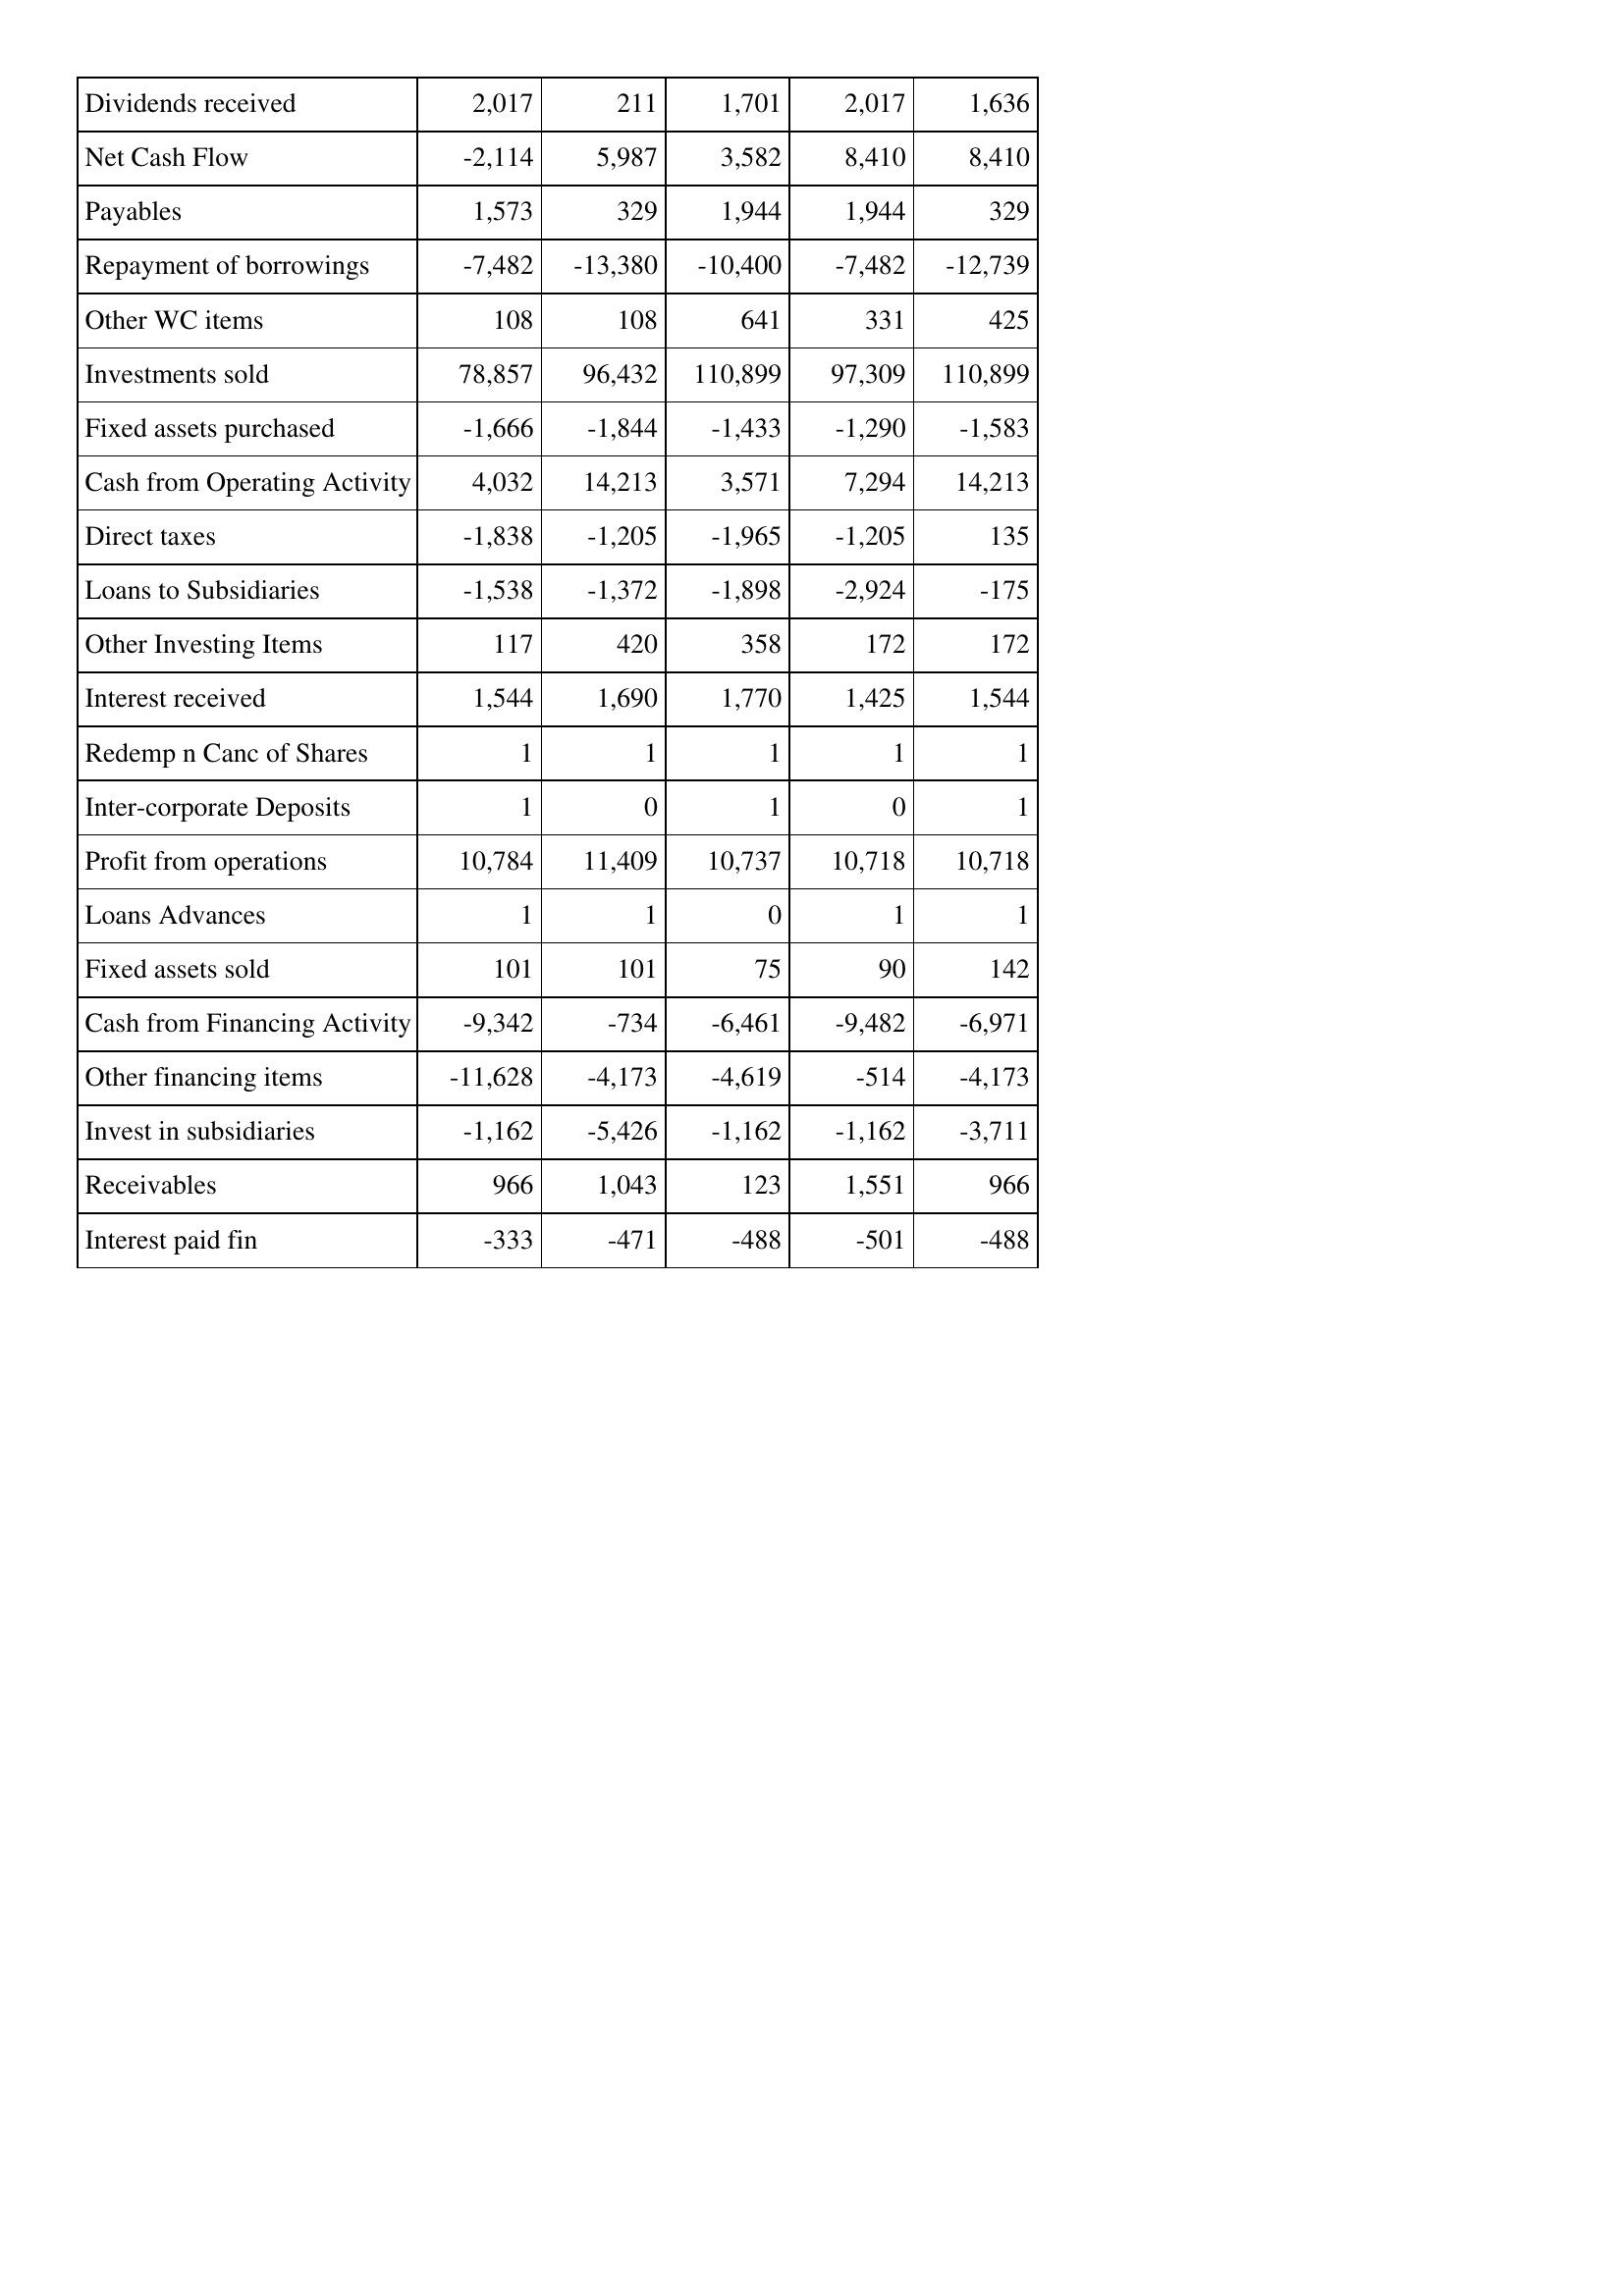
Aug-15: Cash Flows: Dividends received: 2,017
Net Cash Flow: -2,114
Payables: 1,573
Repayment of borrowings: -7,482
Other WC items: 108
Investments sold: 78,857
Fixed assets purchased: -1,666
Cash from Operating Activity: 4,032
Direct taxes: -1,838
Loans to Subsidiaries: -1,538
Other Investing Items: 117
Interest received: 1,544
Redemp n Canc of Shares: 1
Inter-corporate Deposits: 1
Profit from operations: 10,784
Loans Advances: 1
Fixed assets sold: 101
Cash from Financing Activity: -9,342
Other financing items: -11,628
Invest in subsidiaries: -1,162
Receivables: 966
Interest paid fin: -333
Aug-14: Cash Flows: Dividends received: 211
Net Cash Flow: 5,987
Payables: 329
Repayment of borrowings: -13,380
Other WC items: 108
Investments sold: 96,432
Fixed assets purchased: -1,844
Cash from Operating Activity: 14,213
Direct taxes: -1,205
Loans to Subsidiaries: -1,372
Other Investing Items: 420
Interest received: 1,690
Redemp n Canc of Shares: 1
Inter-corporate Deposits: 0
Profit from operations: 11,409
Loans Advances: 1
Fixed assets sold: 101
Cash from Financing Activity: -734
Other financing items: -4,173
Invest in subsidiaries: -5,426
Receivables: 1,043
Interest paid fin: -471
Aug-13: Cash Flows: Dividends received: 1,701
Net Cash Flow: 3,582
Payables: 1,944
Repayment of borrowings: -10,400
Other WC items: 641
Investments sold: 110,899
Fixed assets purchased: -1,433
Cash from Operating Activity: 3,571
Direct taxes: -1,965
Loans to Subsidiaries: -1,898
Other Investing Items: 358
Interest received: 1,770
Redemp n Canc of Shares: 1
Inter-corporate Deposits: 1
Profit from operations: 10,737
Loans Advances: 0
Fixed assets sold: 75
Cash from Financing Activity: -6,461
Other financing items: -4,619
Invest in subsidiaries: -1,162
Receivables: 123
Interest paid fin: -488
Aug-12: Cash Flows: Dividends received: 2,017
Net Cash Flow: 8,410
Payables: 1,944
Repayment of borrowings: -7,482
Other WC items: 331
Investments sold: 97,309
Fixed assets purchased: -1,290
Cash from Operating Activity: 7,294
Direct taxes: -1,205
Loans to Subsidiaries: -2,924
Other Investing Items: 172
Interest received: 1,425
Redemp n Canc of Shares: 1
Inter-corporate Deposits: 0
Profit from operations: 10,718
Loans Advances: 1
Fixed assets sold: 90
Cash from Financing Activity: -9,482
Other financing items: -514
Invest in subsidiaries: -1,162
Receivables: 1,551
Interest paid fin: -501
Aug-11: Cash Flows: Dividends received: 1,636
Net Cash Flow: 8,410
Payables: 329
Repayment of borrowings: -12,739
Other WC items: 425
Investments sold: 110,899
Fixed assets purchased: -1,583
Cash from Operating Activity: 14,213
Direct taxes: 135
Loans to Subsidiaries: -175
Other Investing Items: 172
Interest received: 1,544
Redemp n Canc of Shares: 1
Inter-corporate Deposits: 1
Profit from operations: 10,718
Loans Advances: 1
Fixed assets sold: 142
Cash from Financing Activity: -6,971
Other financing items: -4,173
Invest in subsidiaries: -3,711
Receivables: 966
Interest paid fin: -488